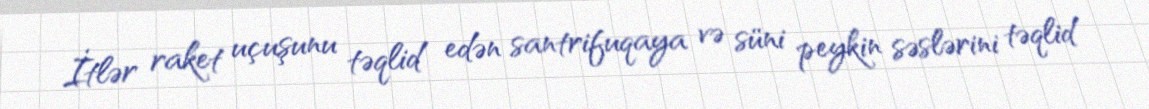
İtlər raket uçuşunu təqlid edən santrifuqaya və süni peykin səslərini təqlid